Report on horse surra - Volume I
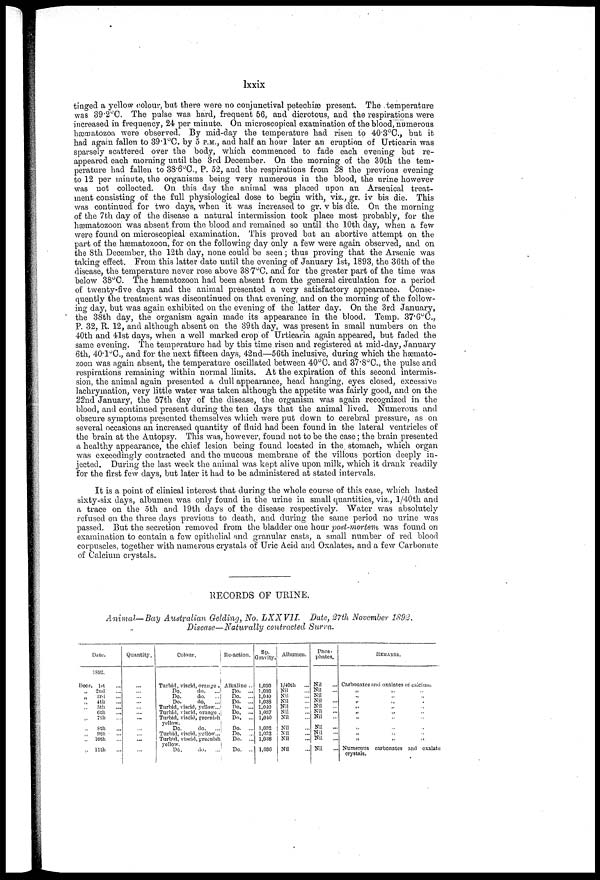
lxxix
tinged a yellow colour, but there were no conjunctival petechias present. The temperature
was 39.2°C. The pulse was hard, frequent 56, and dicrotous, and the respirations were
increased in frequency, 24 per minute. On microscopical examination of the blood, numerous
hæroatozoa were observed. By mid-day the temperature had risen to 40.3°C., but it
had again fallen to 39.1°C. by 5 P.M., and half an hour later an eruption of Urbica,ria was
sparsely scattered over the body, which commenced to fade each evening but re-
appeared each morning until the 3rd December. On the morning of the 30th the tem-
perature had fallen to 38.6°C, P. 52, and the respirations from 28 the previous evening
to 12 per minute, the organisms being very numerous in the blood, the urine however
was not collected. On this day the animal was placed upon an Arsenical treat-
ment consisting of the full physiological dose to begin with, viz., gr. iv bis die. This
was continued for two days, when it was increased to gr. v bis die. On the morning
of the 7th day of the disease a natural intermission took place most probably, for the
hæmatozoon was absent from the blood and remained so until. the 10th day, when a few
were found on microscopical examination. This proved but an abortive attempt on the
part of the hæmatozoon, for on the following day only a few were again observed, and on
the 8th December, the 12th day, none could be seen; thus proving that the Arsenic was
taking effect. From this latter date until the evening of January 1st, 1893, the 36th of the
disease, the temperature never rose above 38.7°C. and for the greater part of the time was
below 38°C. The hæmatozoon had been absent from the general circulation for a period
of twenty-five clays and the animal presented a very satisfactory appearance. Conse-
quently the treatment was discontinued on that evening, and on the morning of the follow-
ing day, but was again exhibited on the evening of the latter day. On the 3rd January,
the 38th day, the organism again made its appearance in the blood. Temp. 37.6°C,
P. 32, R. 12, and although absent on the 39th day, was present in small numbers on the
40th and 41st days, when a well marked crop of Urticaria again appeared, but faded the
same evening. The temperature had by this time risen and registered at mid-day, January
6th, 40'1°C., and for the next fifteen days, 42nd—56th inclusive, during which the hæmato-
zoon was again absent, the temperature oscillated between 40°C. and 37.8°C., the pulse and
respirations remaining within normal limits. At the expiration of this second intermis-
sion, the animal again presented a dull appearance, head hanging, eyes closed, excessive
lachrymation, very little water was taken although the appetite was fairly good, and on the
22nd January, the 57th day of the disease, the organism was again recognized in the
blood, and continued present during the ten days that the animal lived. Numerous and
obscure symptoms presented themselves which were put down to cerebral pressure, as on
several occasions an increased quantity of fluid had been found in the lateral ventricles of
the brain at the Autopsy. This was, however, found not to be the case; the brain presented
a healthy appearance, the chief lesion being found located in the. stomach, which organ
was exceedingly contracted and the mucous membrane of the villous portion deeply in-
jected. During the last week the animal was kept alive upon milk, which it drank readily
for the first few days, but later it had to be administered at stated intervals.
It is a point of clinical interest that during the whole course of this case, which lasted
sixty-six days, albumen was only found in the urine in small quantities, viz., l/40th and
a trace on the 5th and 19th days of the disease respectively. Water, was absolutely
refused on the three days previous to death, and during the same period no urine was
passed. But the secretion removed from the bladder one hour post-mortem was found on
examination to contain a few epithelial and granular casts, a small number of red blood
corpuscles, together with numerous crystals of Uric Acid and Oxalates, and a few Carbonate
of Calcium crystals.
RECORDS OF URINE.
Animal—Bay Australian Gelding, No. LXXV1L
Date, 27th November 1892.
Disease—Naturally contracted Surra.
Date.
1892.
Decr. 1st
„
2nd
„ 3rd
„ 4th
„
5th
„ 6th
„ 7th
„ 8th
„ 9th
„ 10th
„ 11th
Quantity.
...
...
...
...
...
...
...
...
...
...
...
Colour.
Turbid, viscid, orange .
Do.
do.
...
Do.
do.
..
Do.
do,
...
Turbid, viscid, yellow...
Turbid, viscid, orange .
Turbid, viscid, greenish
yellow.
Do.
do.
...
Turbid, viscid, yellow...
Turbid, viscid, greenish
yellow.
Do.
do.
Re- action.
Alkaline ..
Do. ...
Do. ...
Do.
...
Do. ...
Do, ...
Do. ...
Do. ...
Do. ...
Do. ...
Do. ...
Sp.
Gravity.
1,030
1,036
1,040
1,038
1,040
1,037
1,040
1,052
1,032
1,038
1,030
Albumen.
l/40th
...
Nil
Nil
Nil
Nil
Nil
Nil
Nil
Nil
Nil
Nil
Phos -
phates.
Nil
Nil
Nil
Nil
Nil
Nil
Nil
Nil
Nil
Nil
Nil
REMARKS.
Carbonates and oxalates of calcium.
„
„
„
„
„ „
„ „
„ „
„ „
„ „
„ „
„ „
Numerous carbonates and oxalate
crystals.